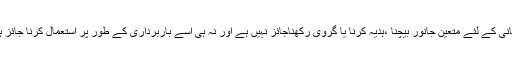
قربانی کے لئے متعین جانور بیچنا ،ہدیہ کرنا یا گروی رکھناجائز نہیں ہے اور نہ ہی اسے باربرداری کے طور پر استعمال کرنا جائز ہے۔